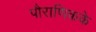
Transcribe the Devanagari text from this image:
पौराणिकके